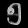
Digit: ၅